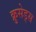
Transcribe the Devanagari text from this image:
क्रुसेड्स